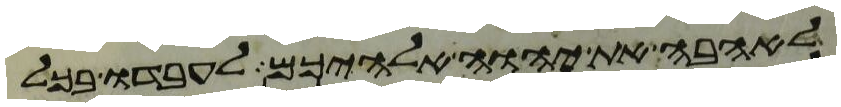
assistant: לאהבה את יהוה אלהיכם לעבדו בכל